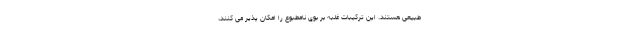
طبیعی هستند. این ترکیبات غلبه بر بوی نامطبوع را امکان پذیر می کنند،